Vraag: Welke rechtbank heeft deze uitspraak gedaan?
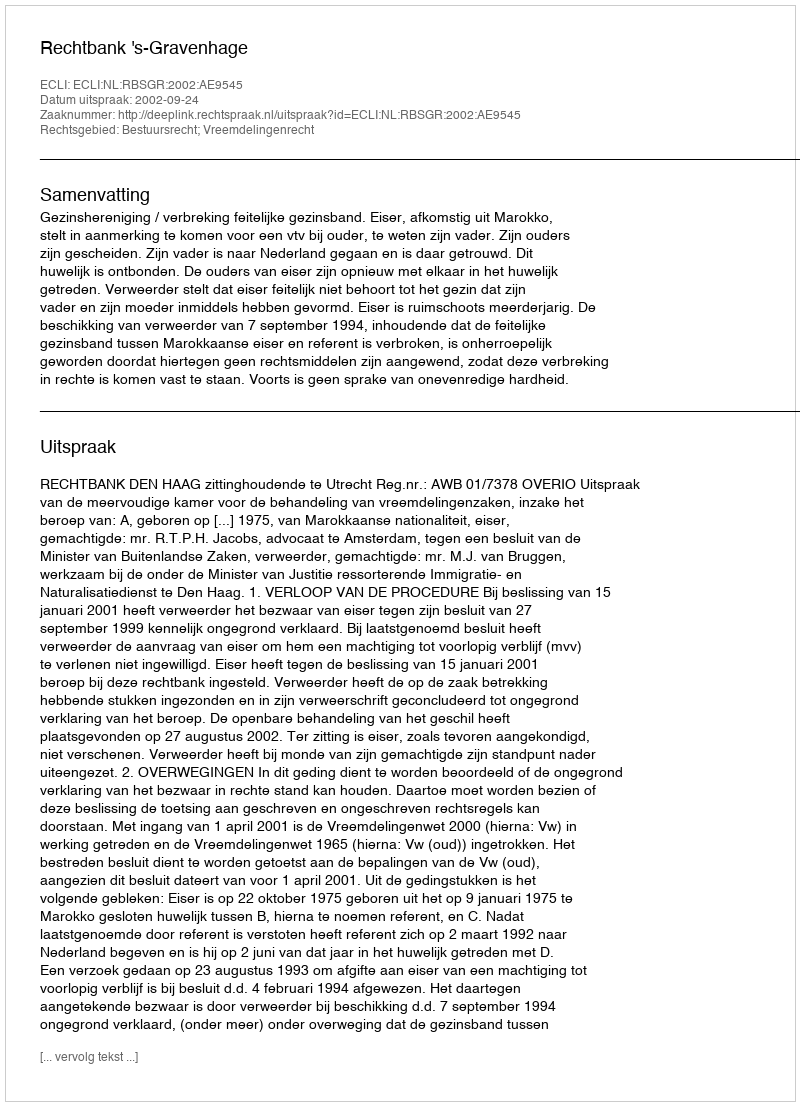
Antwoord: Rechtbank 's-Gravenhage